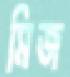
মিজ